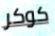
كوكر